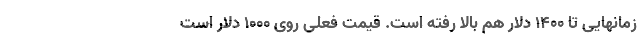
زمانهایی تا ۱۴۰۰ دلار هم بالا رفته است. قیمت فعلی روی ۱۰۰۰ دلار است